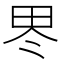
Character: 𱰪